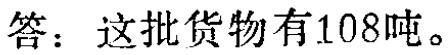
答：这批货物有108吨。